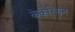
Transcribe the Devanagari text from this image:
केकेत्झिन